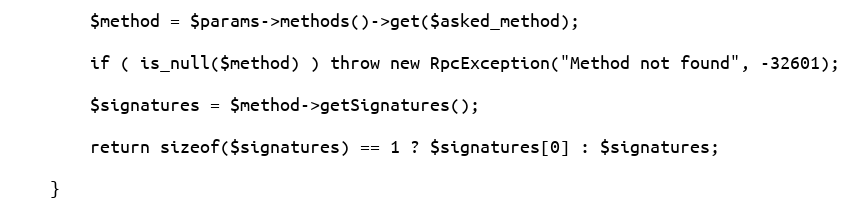
Language: PHP
        $method = $params->methods()->get($asked_method);

        if ( is_null($method) ) throw new RpcException("Method not found", -32601);

        $signatures = $method->getSignatures();

        return sizeof($signatures) == 1 ? $signatures[0] : $signatures;

    }